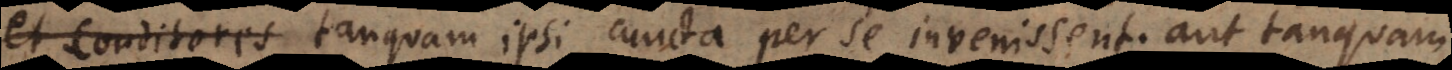
et conditores tanquam ipsi cuncta per se invenissent; aut tanquam